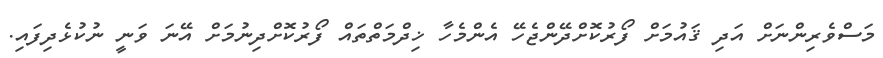
މަސްވެރިންނަށް އަދި ޤައުމަށް ފޯރުކޮށްދޭންޖެހޭ އެންމެހާ ޚިދްމަތްތައް ފޯރުކޮށްދިނުމަށް އޭނަ ވަނީ ނުކުޅެދިފައި.